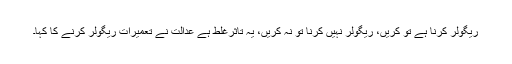
ریگولر کرنا ہے تو کریں، ریگولر نہیں کرنا تو نہ کریں، یہ تاثرغلط ہے عدالت نے تعمیرات ریگولر کرنے کا کہا۔